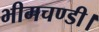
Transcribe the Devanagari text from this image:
भीमचण्डी।